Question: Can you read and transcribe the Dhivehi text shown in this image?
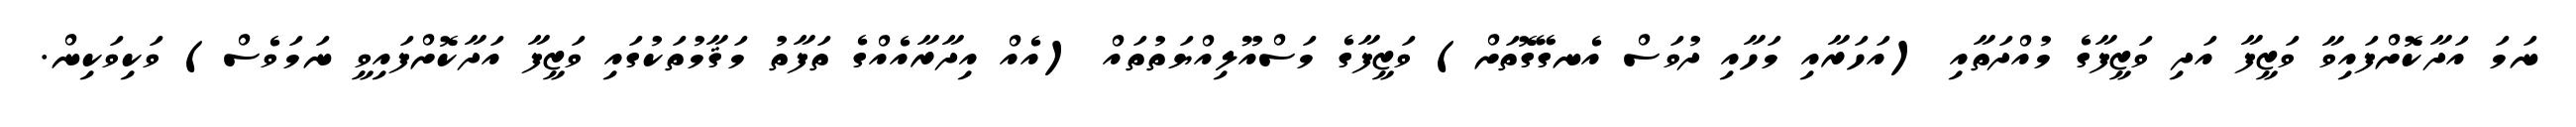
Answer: ނަމަ އަދާކޮށްފައިވާ ވަޒީފާ އަދި ވަޒީފާގެ މުއްދަތާއި (އަހަރާއި މަހާއި ދުވަސް އެނގޭގޮތަށް) ވަޒީފާގެ މަސްއޫލިއްޔަތުތައް (އެއް އިދާރާއެއްގެ ތަފާތު މަޤާމުތަކުގައި ވަޒީފާ އަދާކޮށްފައިވީ ނަމަވެސް) ވަކިވަކިން.